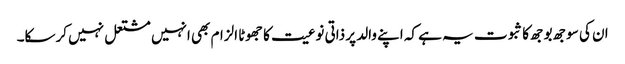
ان کی سوجھ بوجھ کا ثبوت یہ ہے کہ اپنے والد پر ذاتی نوعیت کا جھوٹا الزام بھی انہیں مشتعل نہیں کرسکا۔